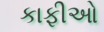
કાફીઓ